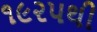
૧૯૨૫થી